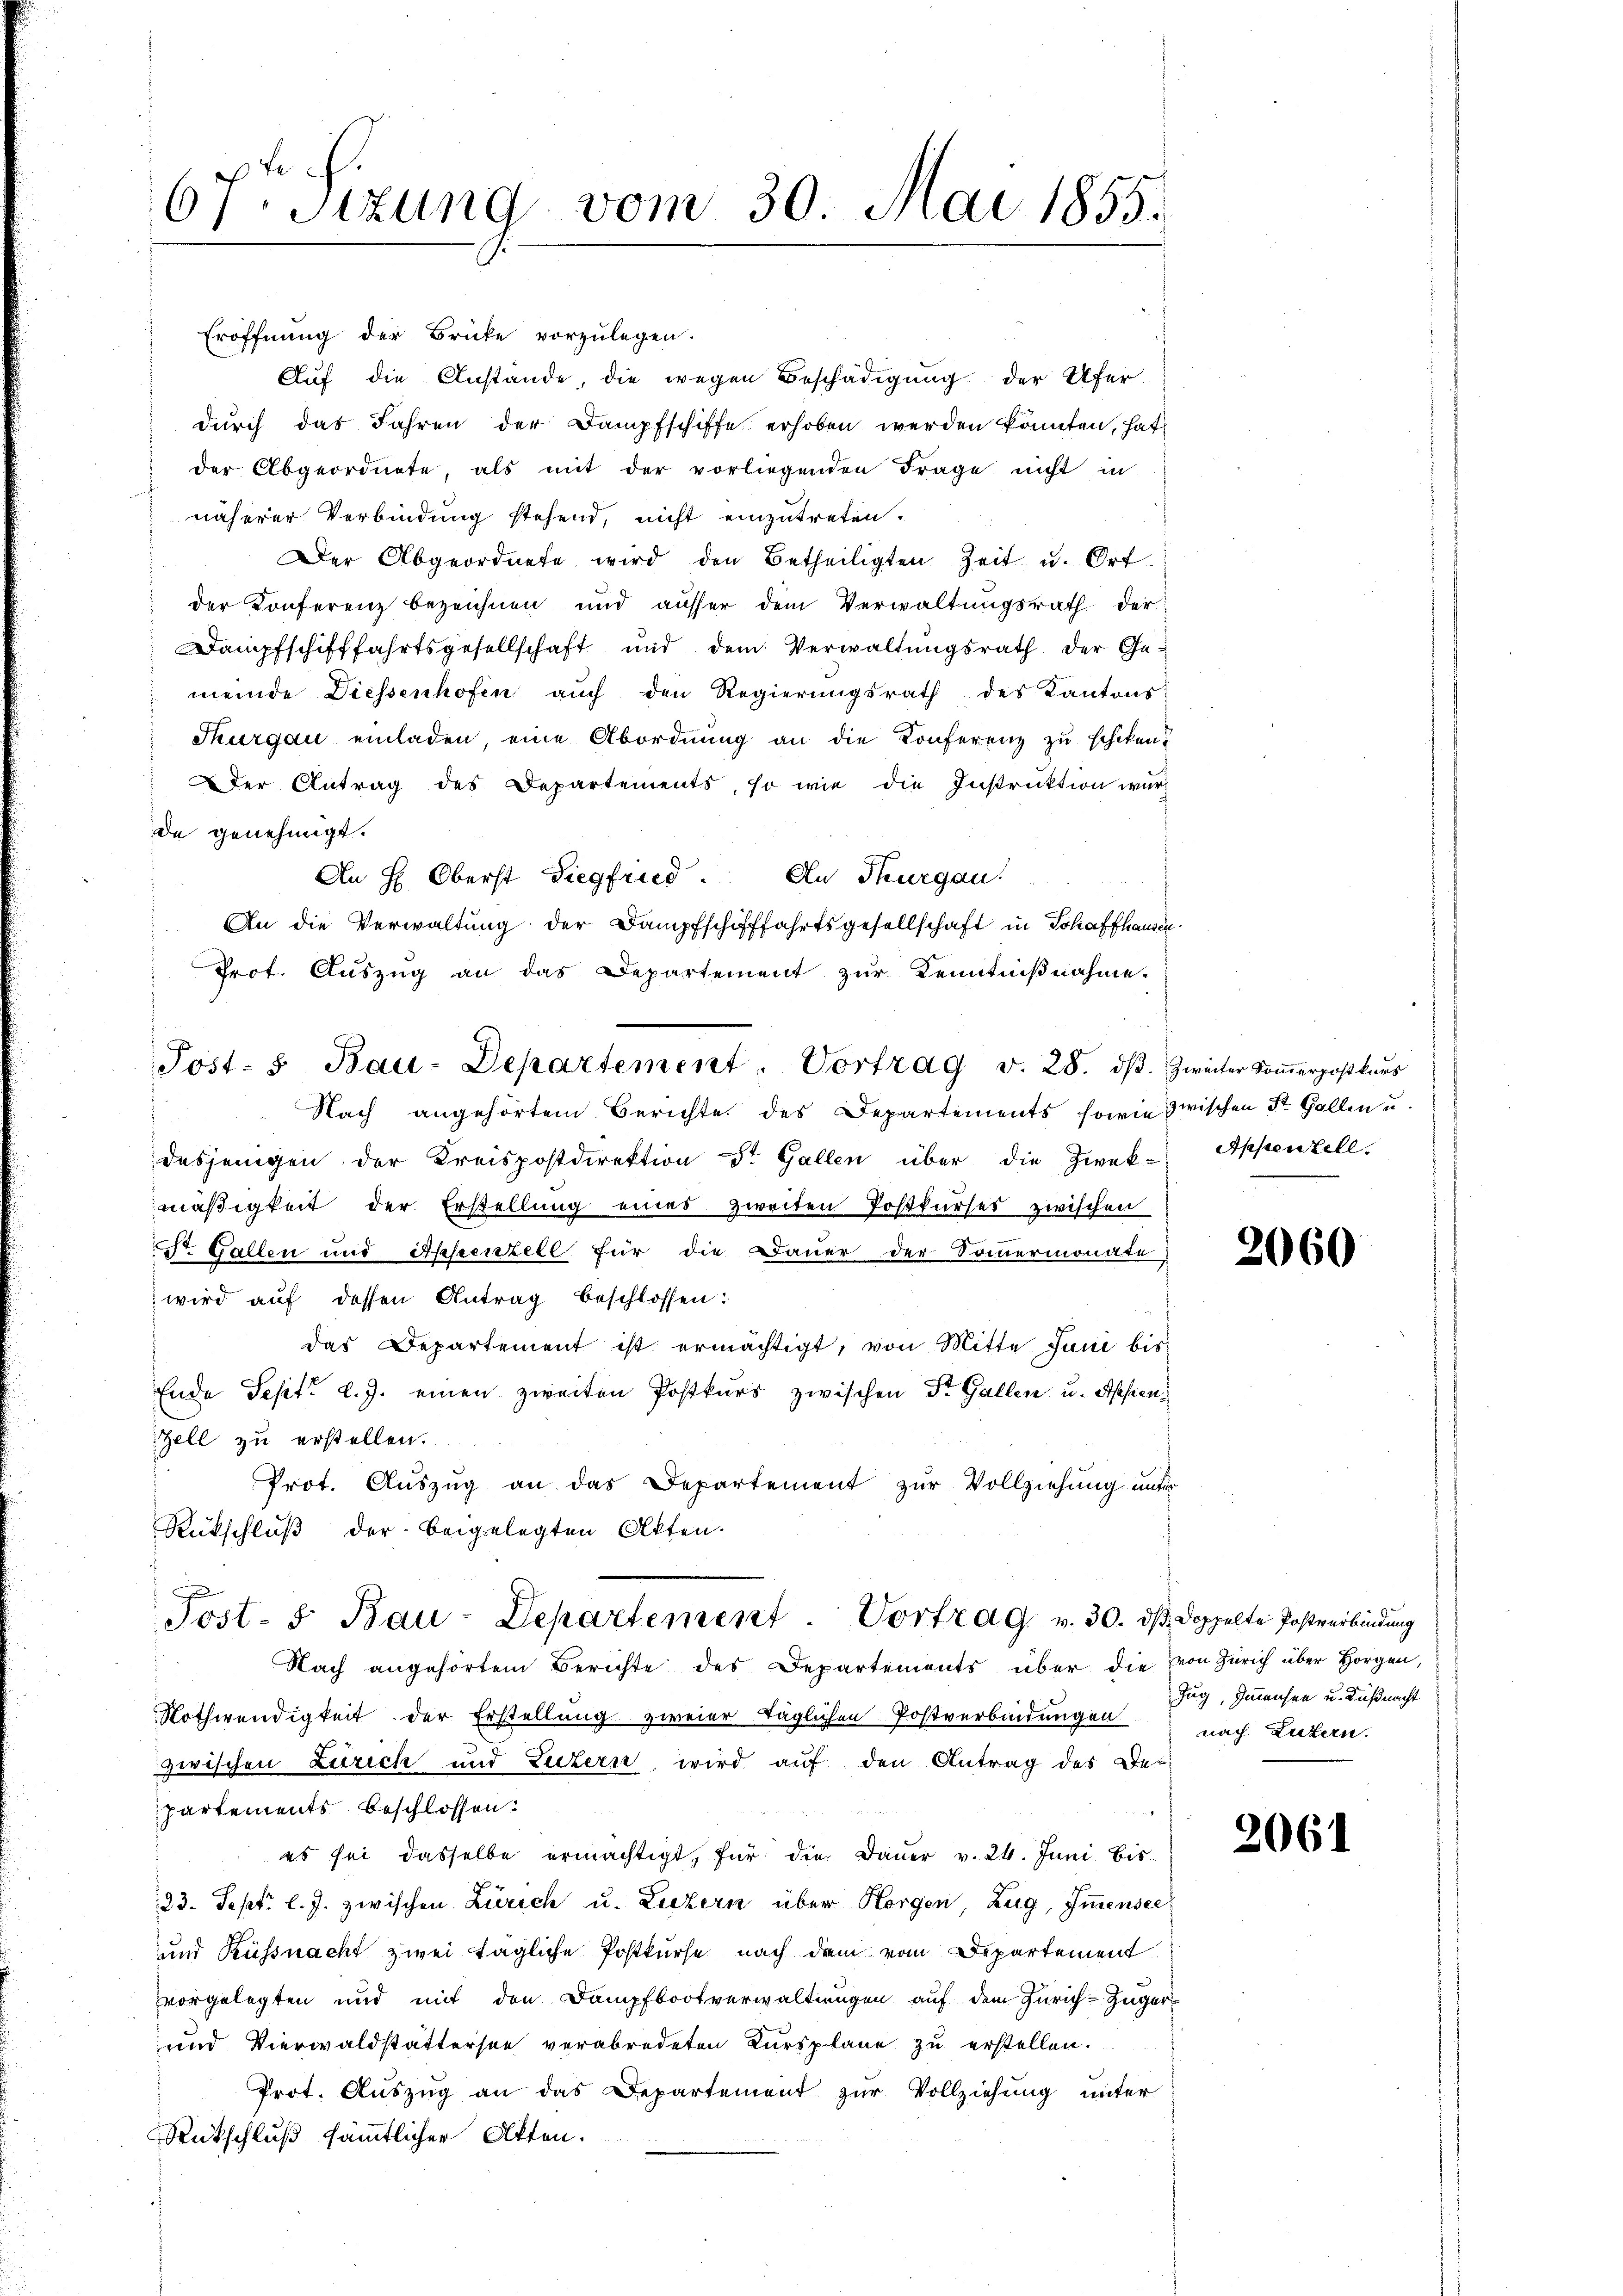
67 Sizung vom 30. Mai 1855.

Eröffnung der Brücke vorzulegen.
Auf die Anstände, die wegen Beschädigung der Ufer-
durch das Jahren der Dampfschiffe erhoben werden könnten, hat
" der Abgeordnete, als mit der vorliegenden Frage nicht in
näherer Verbindung stehend, nicht einzutreten.
Der Abgeordnete wird den Betheiligten Zeit u. Ort
der Konferenz bezeichnen und auffer dem Verwaltungsrath der
Dampfschifffahrtsgesellschaft und dem Verwaltungsrath der Gemeinde Diessenhofen auch den Regierungsrath des Kantons
Thurgau einladen, eine Abordnung an die Konferenz zu schiken?
der Antrag des Departements, so wie die Instruktion wur-
de genehmigt.
An H: Oberst Siegfried. An Thurgau.
An die Verwaltung der Dampfschifffahrtsgesellschaft in Schaffhausen
Prot. Auszug an das Departement zur Kenntnißnahme.
Nach angehörtem Berichte des Departements sowie zwischen St. Gallen u.
dasjenigen der Kreispostdirektion St. Gallen über die Zwek-Appenzell.
mäßigkeit der Erstellung eines zweiten Postkŭrses zwischen
St. Gallen und Appenzell für die Dauer der Sommermonate,
 wird auf dessen Antrag beschlossen:
das Departement ist ermächtigt, von Mitte Juni bis
Ende Sept. l. J. einen zweiten Postkurs zwischen Dr. Gallen u. Appen¬
Zell zu erstellen.
Prot. Auszug an das Departement zur Vollziehung unter
Rückschluß der beigelegten Akten.
Post- 5. Bau-Departement. Vortrag v. 30. ds doppelte Postverbindung
Nach angehörten Berichte des Departements über die von Zürich über Horgen,
Nothwendigkeit der Erstellung zweier täglichen Postverbindungen
zwischen Zürich und Luzern wird auf den Antrag des De-
partements beschlossen:
es sei dasselbe ermächtigt, für die Dauer v. 24. Juni bis
23. Sept. l. J. zwischen Zürich u. Liezern über Horgen, Zug, Immensee
und Küssnacht zwei Tagliche Postkurse nach dem vom Departement
vorgelegten und mit den Dampfbootverwaltungen auf dem Zürich-Züger-
und Vierwaldstattersee verabredeten Kurspläne zu erstellen.
Prot. Aŭszŭg an das Departement zŭr Vollziehung unter
Rückschluß sämmtlicher Atten.

Post- u Bau-Departement. Vortrag v. 28. dβ. Zweiter Soṁerpostkŭrs

2060

Zug, Immensee u. Küßnacht
nach Luzern.

2061